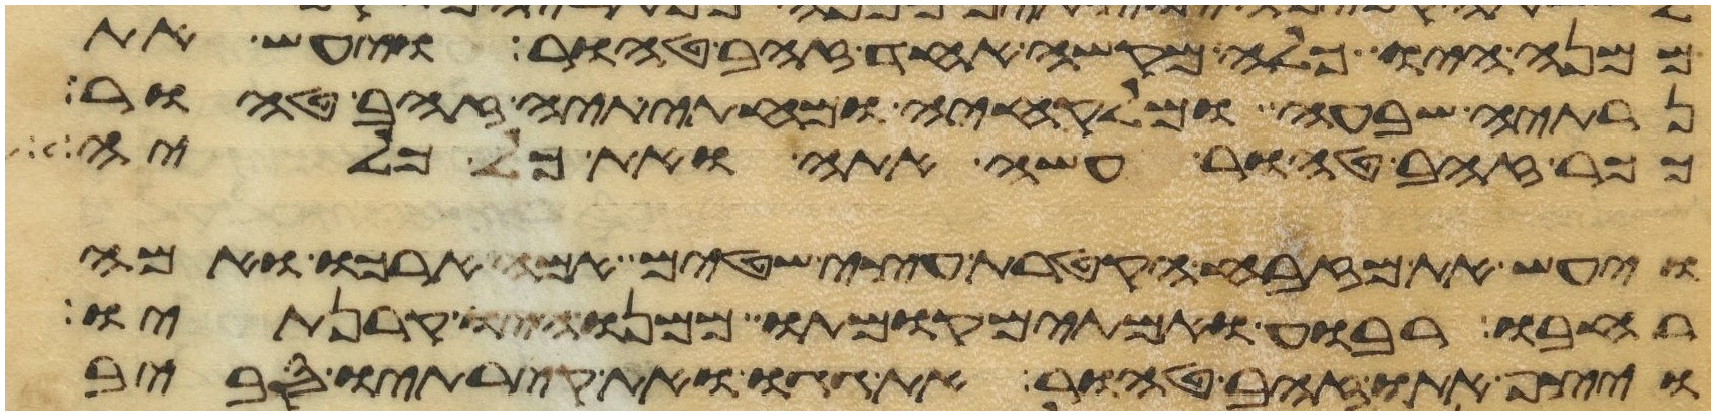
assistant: ממנה היו כלה מקשה אחד זהב טהור ויעש את
נרתיה שבעה ומלקחיה ומחתיתיה זהב טהור
ככר זהב טהור עשה אתה ואת כל כליה
ויעש את מזבח הקטרת עצי שטים אמה ארכו ואמה
רחבו רבוע ואמתים קומתו ממנו היו קרנתיו
ויצף אתו זהב טהור את גגו ואת קירתיו סביב